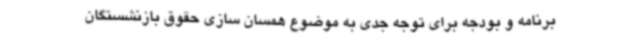
برنامه و بودجه برای توجه جدی به موضوع همسان سازی حقوق بازنشستگان